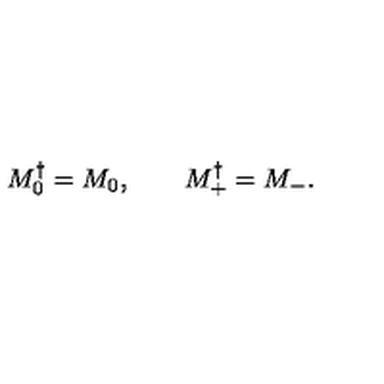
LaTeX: M _ { 0 } ^ { \dagger } = M _ { 0 } , \qquad M _ { + } ^ { \dagger } = M _ { - } .